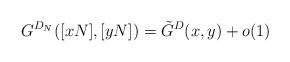
LaTeX: \begin{align*}G^{D_{N}}([xN],[yN])=\tilde{G}^{D}(x,y)+o(1)\end{align*}